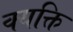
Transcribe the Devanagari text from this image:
क्यक्ति